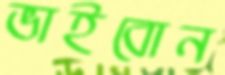
ভাইবোন